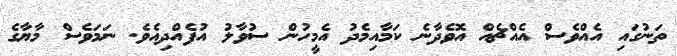
ތަނުގައި އެއްވެސް އެއްޗެއް އޮވެދާނެ ކަމާއިމެދު އެމީހުން ސުވާލު އުފެއްދިއެވެ. ނަމަވެސް މާޔާގެ